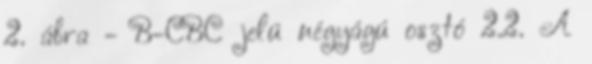
2. ábra - B-CBC jelû négyágú osztó 2.2. A